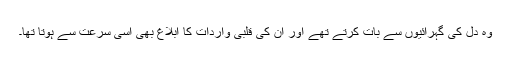
وہ دل کی گہرائیوں سے بات کرتے تھے اور ان کی قلبی واردات کا ابلاغ بھی اسی سرعت سے ہوتا تھا۔